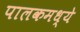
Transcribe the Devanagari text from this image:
पालकमध्ये